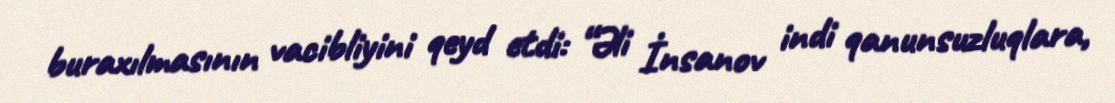
buraxılmasının vacibliyini qeyd etdi: “Əli İnsanov indi qanunsuzluqlara,